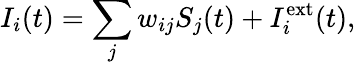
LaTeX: I_{i}(t)=\sum_{j}w_{ij}S_{j}(t)+I_{i}^{\mathrm{ext}}(t),